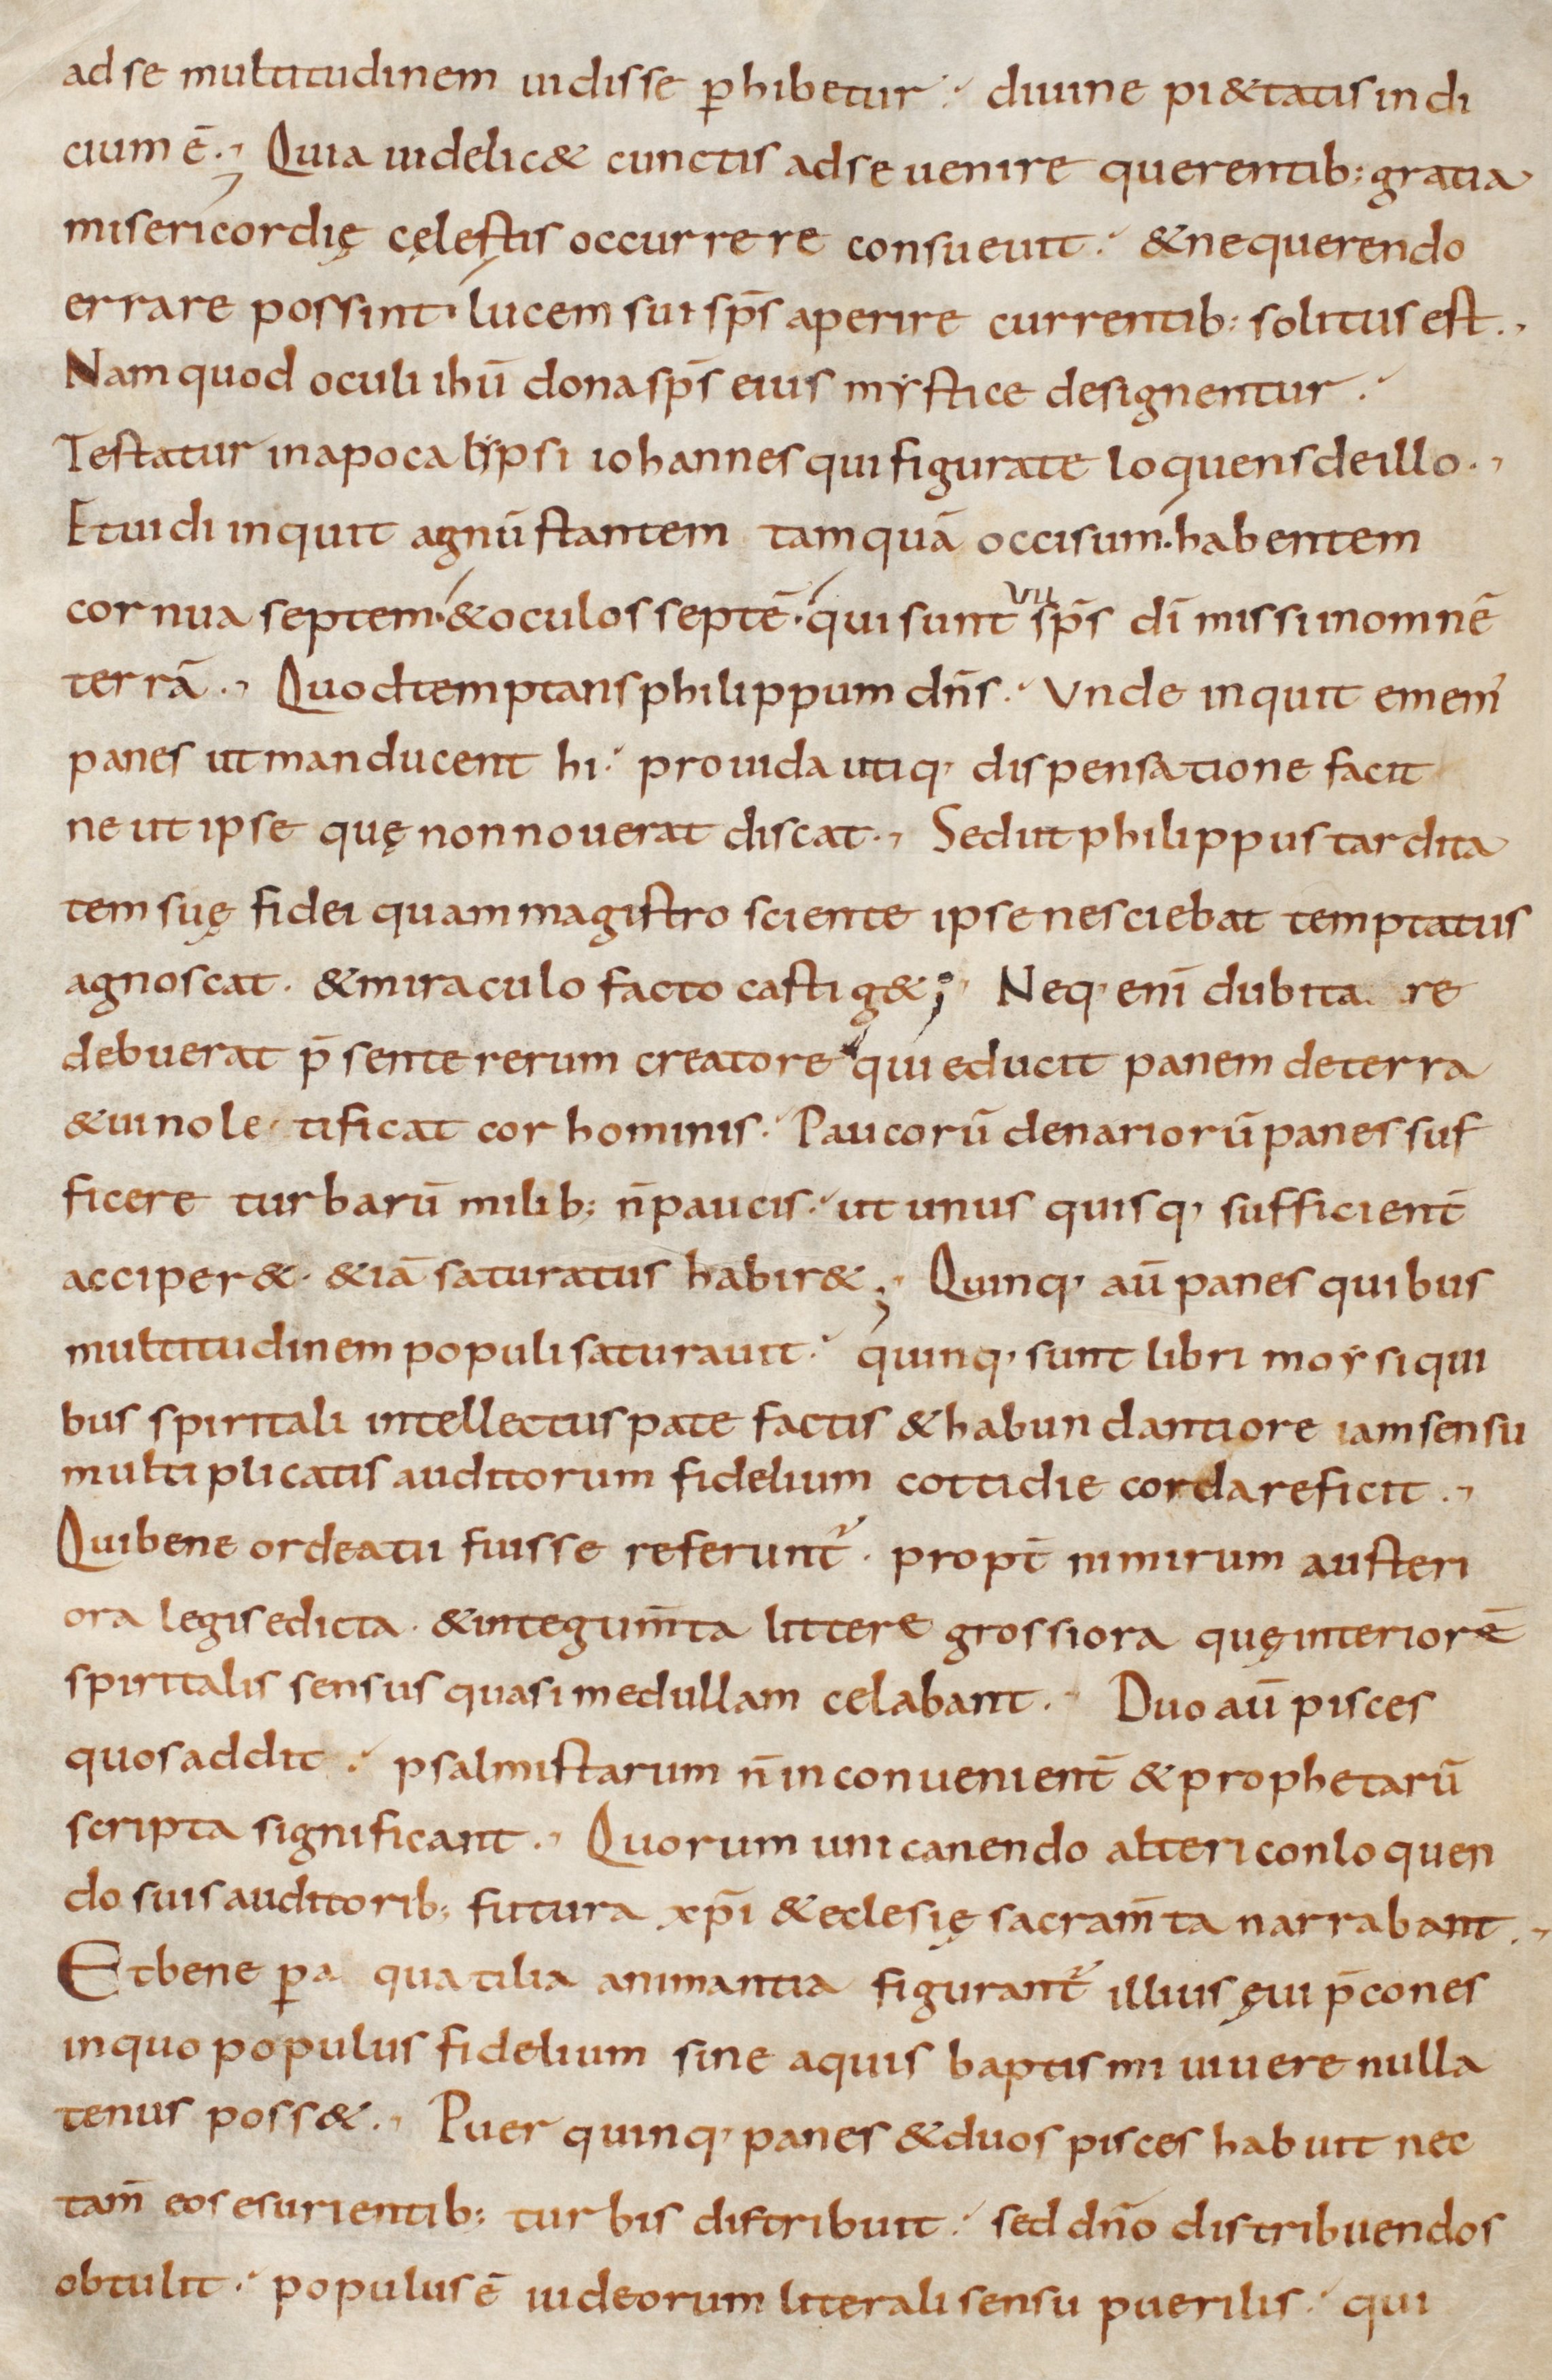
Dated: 800–999